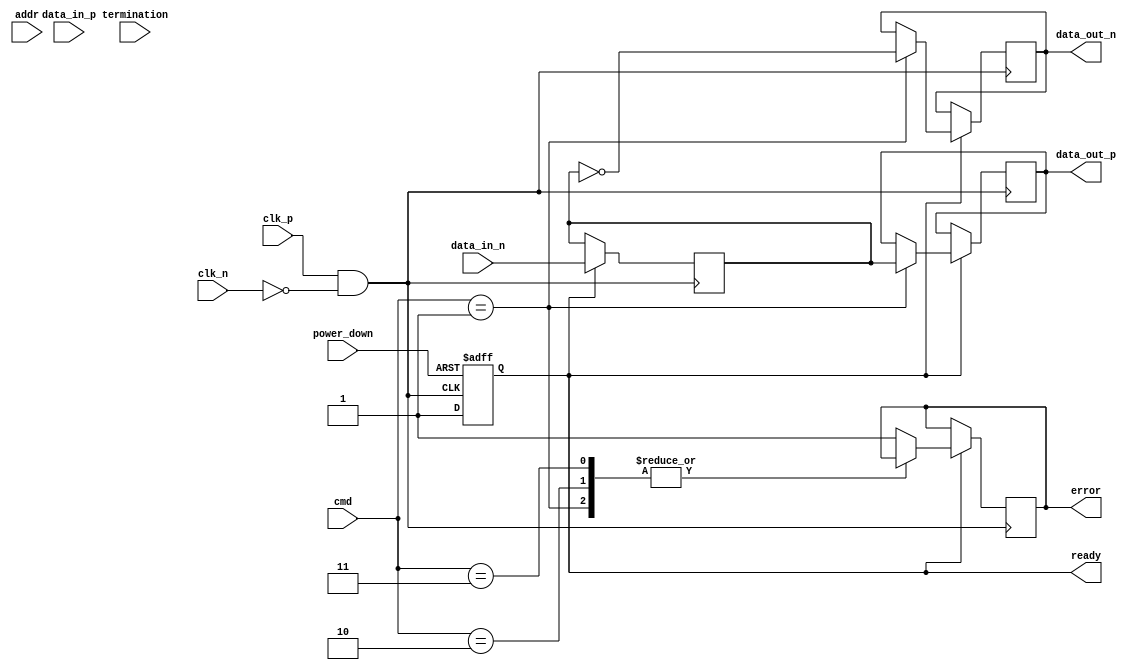
module lpddr_io_block (
    input wire clk_p,                // Positive differential clock input
    input wire clk_n,                // Negative differential clock input
    input wire [15:0] data_in_p,     // Positive data input (for x16 configuration)
    input wire [15:0] data_in_n,     // Negative data input (for x16 configuration)
    output wire [15:0] data_out_p,    // Positive data output (for x16 configuration)
    output wire [15:0] data_out_n,    // Negative data output (for x16 configuration)
    input wire [12:0] addr,          // Address input
    input wire [3:0] cmd,            // Command input (e.g., read, write, refresh)
    input wire power_down,            // Power down control
    input wire [1:0] termination,     // Termination control
    output wire ready,                // Ready signal
    output wire error                 // Error signal
);

    // Internal signals
    reg [15:0] data_buffer;           // Buffer for data
    reg ready_reg;                    // Ready register
    reg error_reg;                    // Error register

    // Clock management
    wire clk;                         // Internal clock signal
    assign clk = clk_p & ~clk_n;     // Differential clock handling

    // Power management
    always @(posedge clk or negedge power_down) begin
        if (!power_down) begin
            // Enter low power state
            ready_reg <= 1'b0;
        end else begin
            // Normal operation
            ready_reg <= 1'b1;
        end
    end

    // Data input/output buffering
    always @(posedge clk) begin
        if (ready_reg) begin
            // Capture data on rising edge of clock
            data_buffer <= {data_in_p, data_in_n}; // Assuming differential input
        end
    end

    // Command processing
    always @(posedge clk) begin
        if (ready_reg) begin
            case (cmd)
                4'b0001: begin
                    // Example: Read command
                    data_out_p <= data_buffer; // Output data
                    data_out_n <= ~data_buffer; // Differential output
                end
                4'b0010: begin
                    // Example: Write command
                    // Handle write operation
                end
                4'b0011: begin
                    // Example: Refresh command
                    // Handle refresh operation
                end
                default: begin
                    error_reg <= 1'b1; // Set error on invalid command
                end
            endcase
        end
    end

    // Output assignments
    assign ready = ready_reg;
    assign error = error_reg;

    // Termination control logic (simplified)
    always @(termination) begin
        // Implement termination logic based on termination settings
    end

endmodule